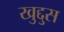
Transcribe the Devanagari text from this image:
खुद्दुस